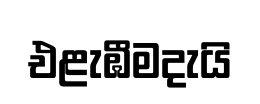
එළැඹීමදැයි